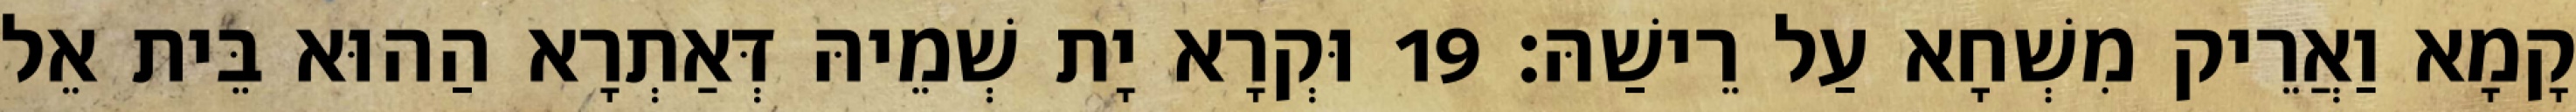
קָמָא וַאֲרֵיק מִשְׁחָא עַל רֵישַׁהּ׃ 19 וּקְרָא יָת שְׁמֵיהּ דְּאַתְרָא הַהוּא בֵּית אֵל